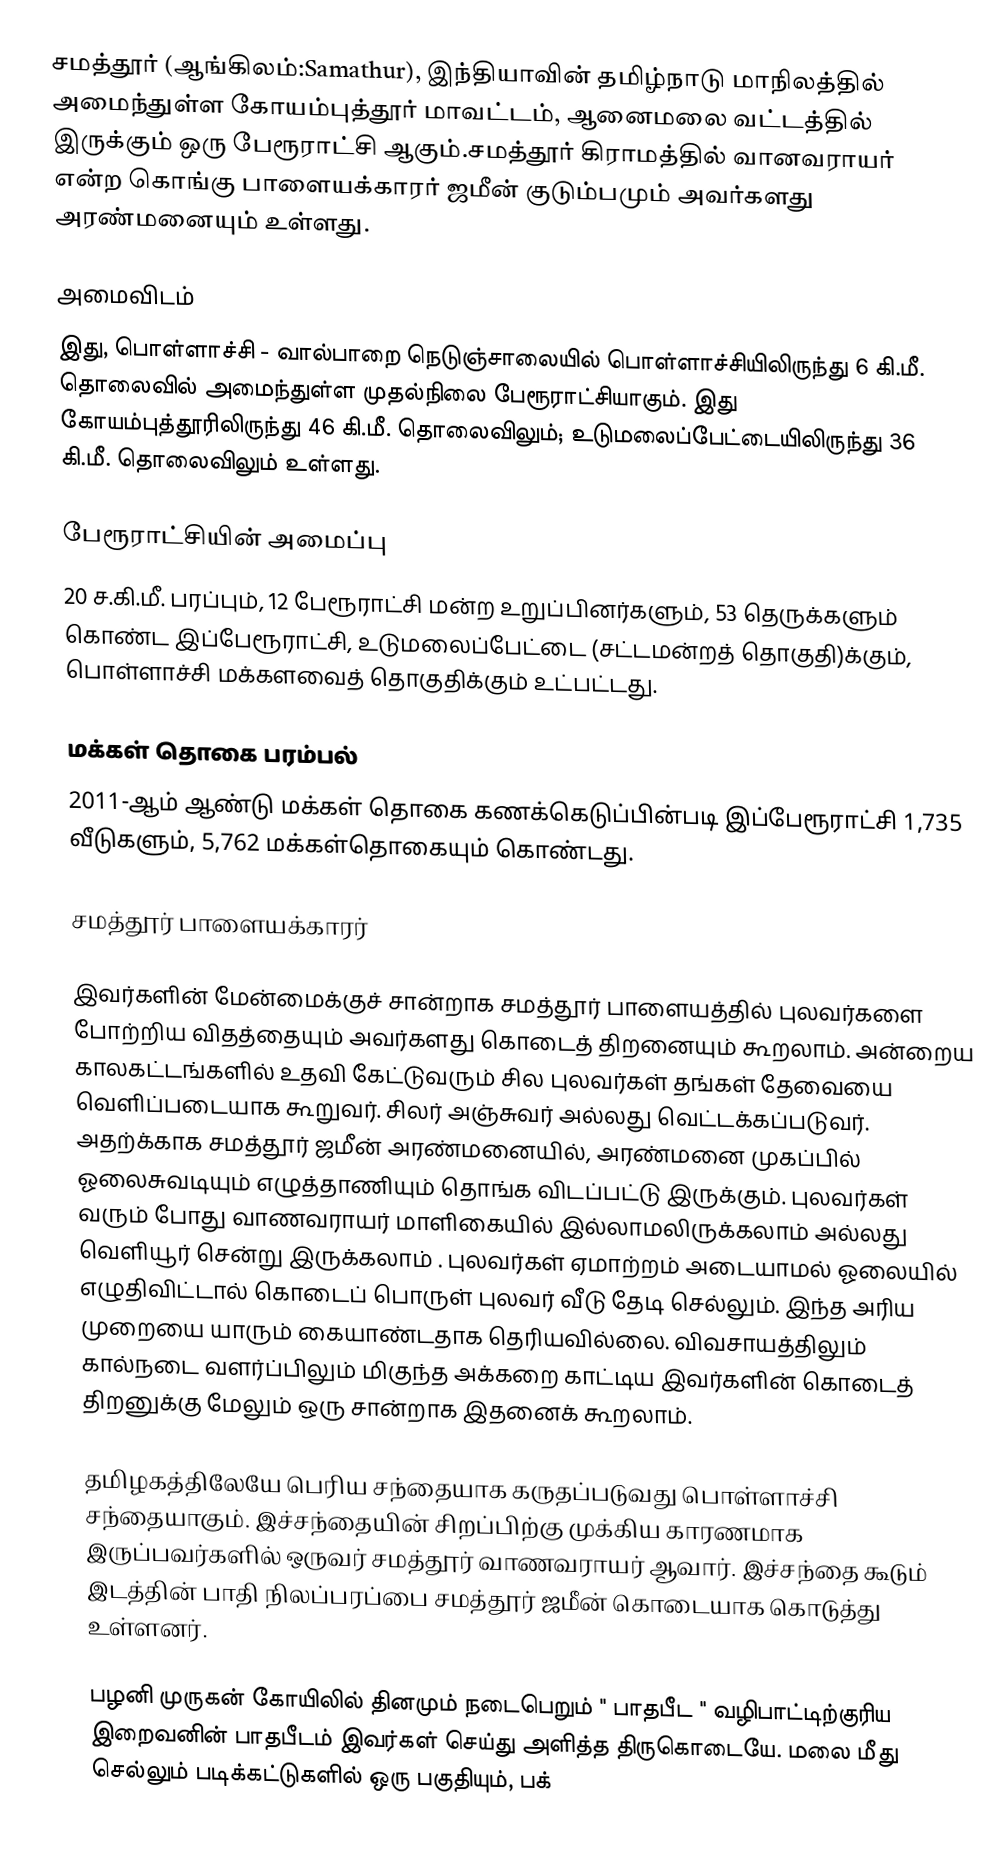
சமத்தூர் (ஆங்கிலம்:Samathur), இந்தியாவின் தமிழ்நாடு மாநிலத்தில் அமைந்துள்ள கோயம்புத்தூர் மாவட்டம், ஆனைமலை வட்டத்தில் இருக்கும் ஒரு பேரூராட்சி ஆகும்.சமத்தூர் கிராமத்தில் வானவராயர் என்ற கொங்கு பாளையக்காரர் ஜமீன் குடும்பமும் அவர்களது அரண்மனையும் உள்ளது.

அமைவிடம்
இது, பொள்ளாச்சி -  வால்பாறை நெடுஞ்சாலையில் பொள்ளாச்சியிலிருந்து 6 கி.மீ. தொலைவில் அமைந்துள்ள முதல்நிலை பேரூராட்சியாகும். இது கோயம்புத்தூரிலிருந்து 46 கி.மீ. தொலைவிலும்; உடுமலைப்பேட்டையிலிருந்து 36 கி.மீ. தொலைவிலும் உள்ளது.

பேரூராட்சியின் அமைப்பு
20 ச.கி.மீ. பரப்பும், 12 பேரூராட்சி மன்ற உறுப்பினர்களும், 53 தெருக்களும்  கொண்ட இப்பேரூராட்சி,  உடுமலைப்பேட்டை  (சட்டமன்றத் தொகுதி)க்கும், பொள்ளாச்சி மக்களவைத் தொகுதிக்கும் உட்பட்டது.

மக்கள் தொகை பரம்பல்
2011-ஆம் ஆண்டு மக்கள் தொகை கணக்கெடுப்பின்படி  இப்பேரூராட்சி 1,735    வீடுகளும், 5,762 மக்கள்தொகையும் கொண்டது.

சமத்தூர் பாளையக்காரர்

இவர்களின் மேன்மைக்குச் சான்றாக சமத்தூர் பாளையத்தில் புலவர்களை போற்றிய விதத்தையும் அவர்களது கொடைத் திறனையும்  கூறலாம். அன்றைய காலகட்டங்களில் உதவி கேட்டுவரும் சில புலவர்கள் தங்கள் தேவையை வெளிப்படையாக கூறுவர். சிலர் அஞ்சுவர் அல்லது வெட்டக்கப்படுவர். அதற்க்காக சமத்தூர் ஜமீன் அரண்மனையில், அரண்மனை முகப்பில் ஓலைசுவடியும் எழுத்தாணியும் தொங்க விடப்பட்டு இருக்கும். புலவர்கள் வரும் போது வாணவராயர் மாளிகையில் இல்லாமலிருக்கலாம்  அல்லது வெளியூர் சென்று இருக்கலாம் . புலவர்கள் ஏமாற்றம் அடையாமல் ஓலையில் எழுதிவிட்டால் கொடைப் பொருள் புலவர் வீடு தேடி செல்லும். இந்த அரிய முறையை யாரும் கையாண்டதாக தெரியவில்லை. விவசாயத்திலும் கால்நடை வளர்ப்பிலும் மிகுந்த அக்கறை காட்டிய இவர்களின் கொடைத் திறனுக்கு மேலும் ஒரு சான்றாக இதனைக் கூறலாம்.

தமிழகத்திலேயே பெரிய சந்தையாக கருதப்படுவது பொள்ளாச்சி சந்தையாகும். இச்சந்தையின் சிறப்பிற்கு முக்கிய காரணமாக இருப்பவர்களில் ஒருவர் சமத்தூர் வாணவராயர் ஆவார். இச்சந்தை கூடும் இடத்தின் பாதி நிலப்பரப்பை சமத்தூர் ஜமீன் கொடையாக கொடுத்து உள்ளனர்.

பழனி முருகன் கோயிலில் தினமும் நடைபெறும் " பாதபீட " வழிபாட்டிற்குரிய இறைவனின் பாதபீடம் இவர்கள் செய்து அளித்த திருகொடையே. மலை மீது செல்லும் படிக்கட்டுகளில் ஒரு பகுதியும், பக்